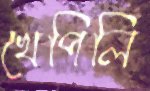
খেপিলি